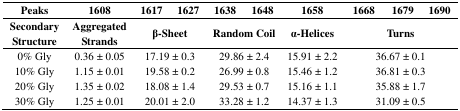
<table><thead><tr><td><b>Peaks</b></td><td><b>1608</b></td><td><b>1617</b></td><td><b>1627</b></td><td><b>1638</b></td><td><b>1648</b></td><td><b>1658</b></td><td><b>1668</b></td><td><b>1679</b></td><td><b>1690</b></td></tr><tr><td><b>Secondary Structure</b></td><td><b>Aggregated Strands</b></td><td colspan="2"><b>β-Sheet</b></td><td colspan="2"><b>Random Coil</b></td><td><b>α-Helices</b></td><td colspan="3"><b>Turns</b></td></tr></thead><tbody><tr><td>0% Gly</td><td>0.36 ± 0.05</td><td colspan="2">17.19 ± 0.3</td><td colspan="2">29.86 ± 2.4</td><td>15.91 ± 2.2</td><td colspan="3">36.67 ± 0.1</td></tr><tr><td>10% Gly</td><td>1.15 ± 0.01</td><td colspan="2">19.58 ± 0.2</td><td colspan="2">26.99 ± 0.8</td><td>15.46 ± 1.2</td><td colspan="3">36.81 ± 0.3</td></tr><tr><td>20% Gly</td><td>1.35 ± 0.02</td><td colspan="2">18.08 ± 1.4</td><td colspan="2">29.53 ± 0.7</td><td>15.16 ± 1.1</td><td colspan="3">35.88 ± 1.7</td></tr><tr><td>30% Gly</td><td>1.25 ± 0.01</td><td colspan="2">20.01 ± 2.0</td><td colspan="2">33.28 ± 1.2</td><td>14.37 ± 1.3</td><td colspan="3">31.09 ± 0.5</td></tr></tbody></table>